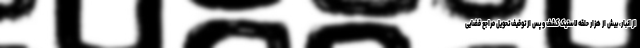
از انبار، بیش از هزار حلقه لاستیک کشف و پس از توقیف تحویل مراجع قضایی